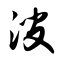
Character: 溲